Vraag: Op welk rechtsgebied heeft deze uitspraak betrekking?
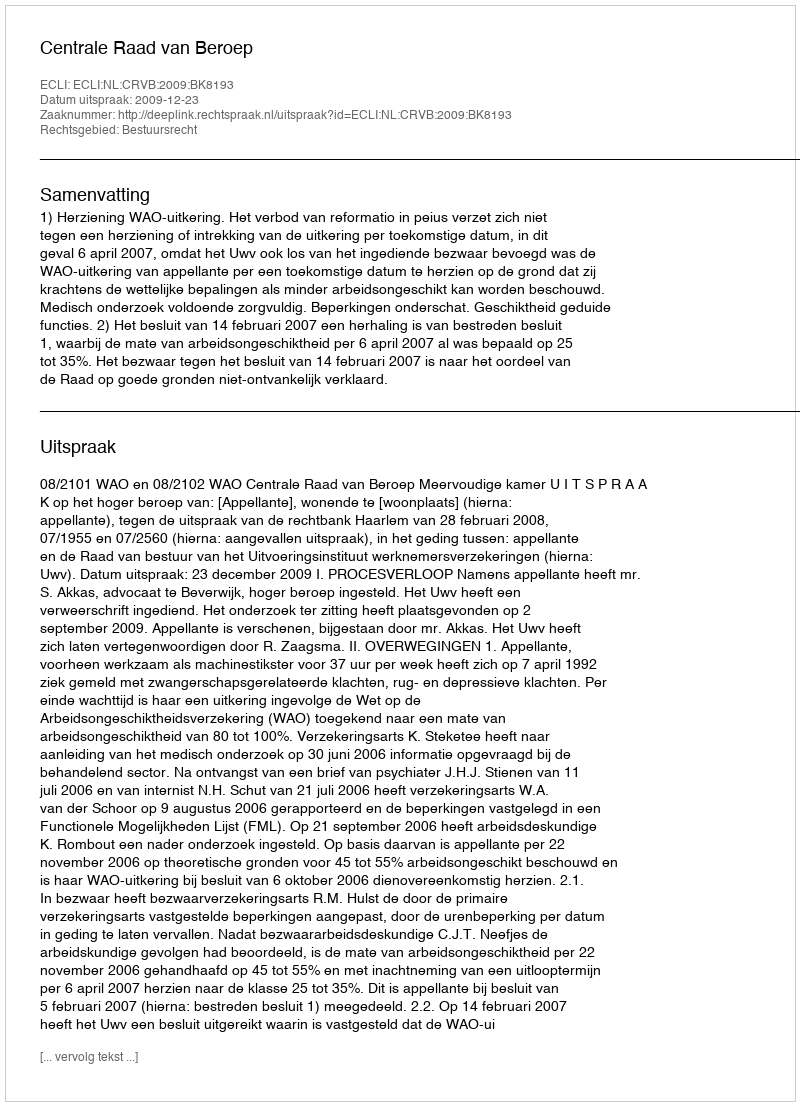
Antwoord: Bestuursrecht